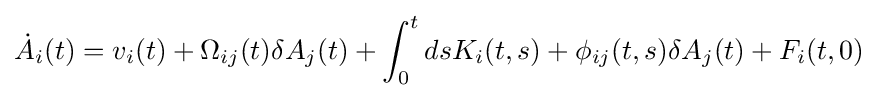
{\dot {A}}_{i}(t)=v_{i}(t)+\Omega _{ij}(t)\delta A_{j}(t)+\int _{0}^{t}dsK_{i}(t,s)+\phi _{ij}(t,s)\delta A_{j}(t)+F_{i}(t,0)